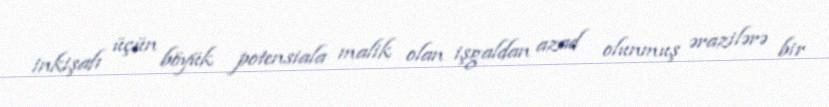
inkişafı üçün böyük potensiala malik olan işgaldan azad olunmuş ərazilərə bir